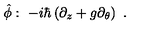
\hat { \phi } : \ - i \hbar \left( \partial _ { z } + g \partial _ { \theta } \right) \ .